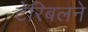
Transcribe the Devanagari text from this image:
टेरिबलने